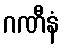
ဂဏီနံ